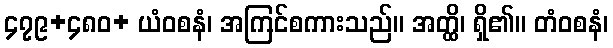
၄၇၉+၄၈၀+ ယံဝစနံ၊ အကြင်စကားသည်။ အတ္ထိ၊ ရှိ၏။ တံဝစနံ၊